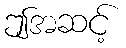
ဤအဆင့်